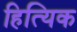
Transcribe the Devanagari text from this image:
हित्यिक